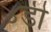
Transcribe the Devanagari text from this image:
४डी